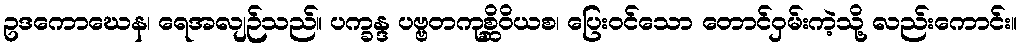
ဥဒကောဃေန၊ ရေအလျဉ်သည်။ ပက္ခန္ဒ ပဗ္ဗတကုစ္ဆိဝိယစ၊ ပြေးဝင်သော တောင်ဝှမ်းကဲ့သို့ လည်းကောင်း။